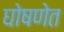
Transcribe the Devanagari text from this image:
घोषणेत